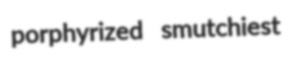
porphyrized smutchiest